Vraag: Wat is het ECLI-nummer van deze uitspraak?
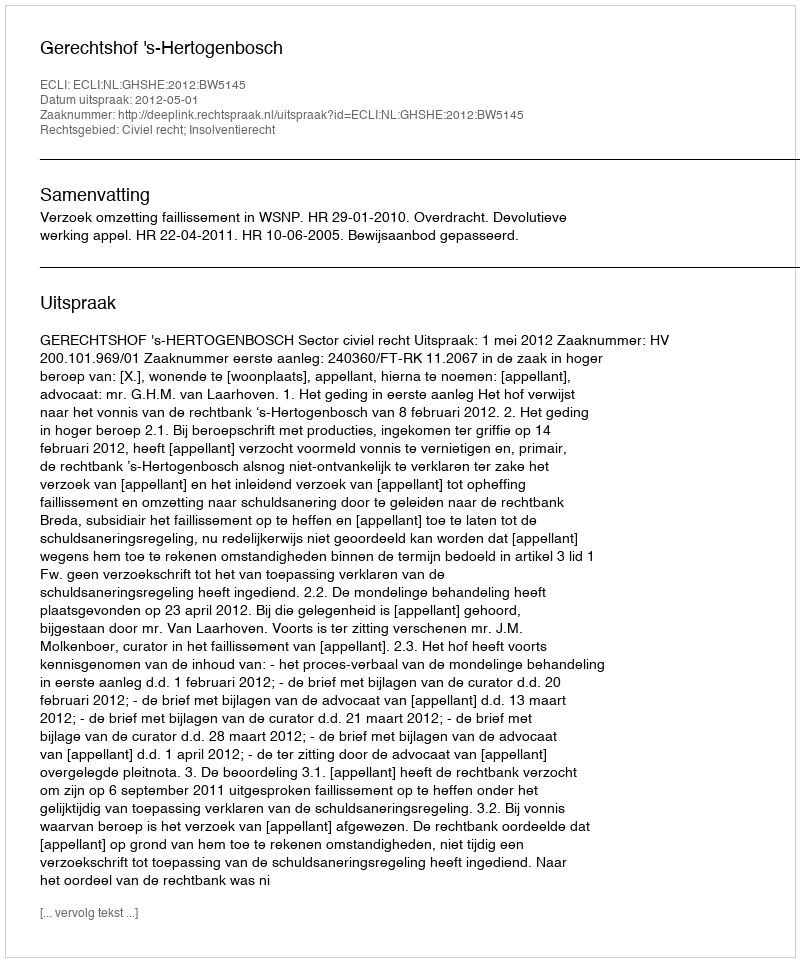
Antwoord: ECLI:NL:GHSHE:2012:BW5145